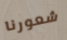
شعورنا